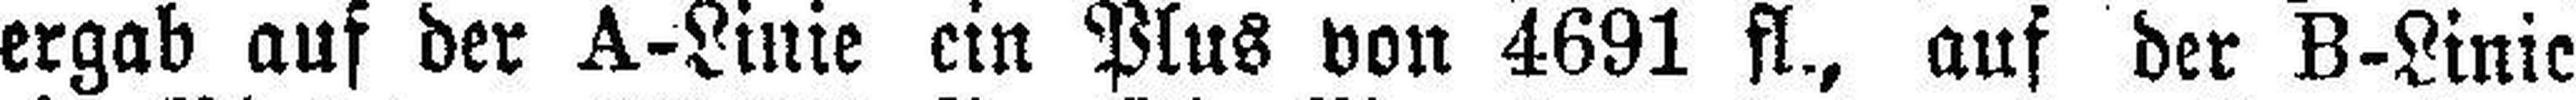
ergab auf der A-Linie ein Plus von 4691 fl., auf der B-Linie